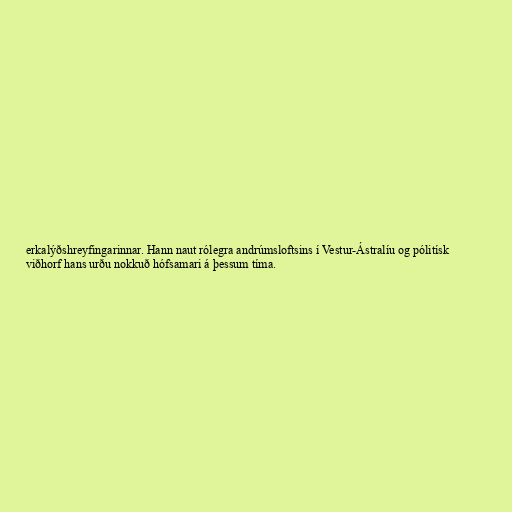
erkalýðshreyfingarinnar. Hann naut rólegra andrúmsloftsins í Vestur-Ástralíu og pólitísk
viðhorf hans urðu nokkuð hófsamari á þessum tíma.